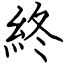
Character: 終